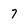
Character: 7